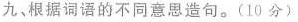
九、根据词语的不同意思造句。(10分)